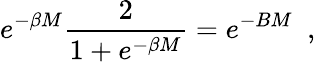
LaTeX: e^{-\beta M}\frac{2}{1+e^{-\beta M}}=e^{-BM}\, \, \, ,